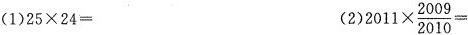
(1)$$25 \times 24=$$(2) $$2011 \times \frac{2009}{2010}=$$